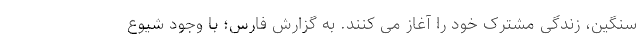
سنگین، زندگی مشترک خود را آغاز می کنند. به گزارش فارس؛ با وجود شیوع